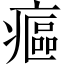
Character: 𤹪